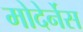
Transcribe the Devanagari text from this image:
मोदेर्नेस